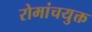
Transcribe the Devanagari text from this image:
रोमांचयुक्त